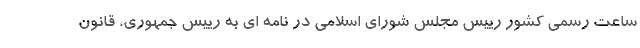
ساعت رسمی کشور رییس مجلس شورای اسلامی در نامه ای به رییس جمهوری، قانون